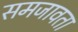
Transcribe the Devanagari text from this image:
समजावता